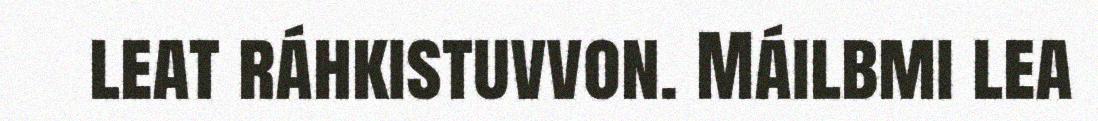
leat ráhkistuvvon. Máilbmi lea